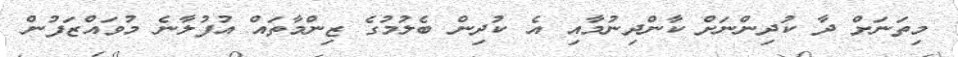
މިތަނަށް ދާ ކުދިންނަށް ކާންދިނުމާއި އެ ކުދިން ބެލުމުގެ ޒިންމާތައް އުފުލާނެ މުވައްޒަފުން